Annual report of the Central Committee of the Association together with the report of the directors of the Pasteur Institute at Kasauli
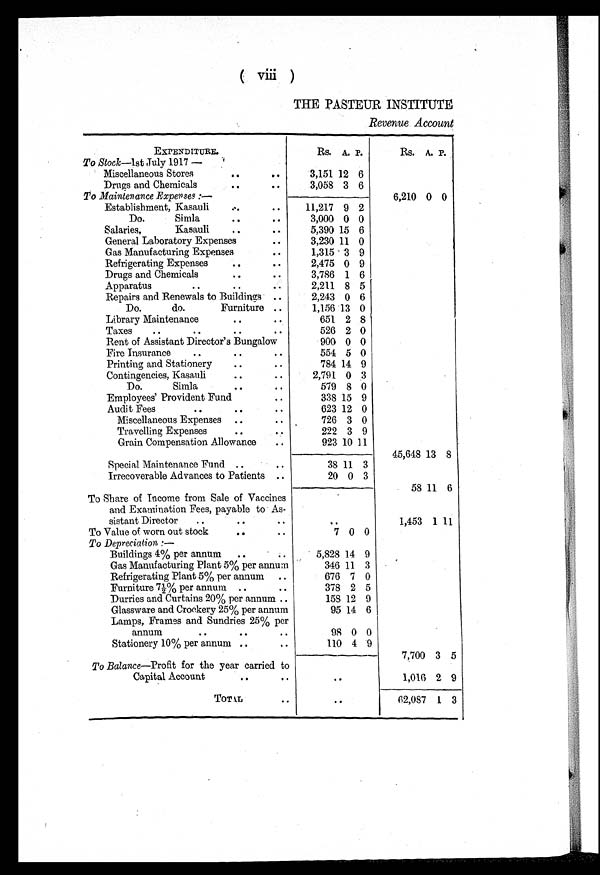
(viii)
THE PASTEUR INSTITUTE
Revenue Account
EXPENDITURE.
Rs. A.
P .
Rs. A. P.
To Stock—lst July 1917 —
Miscellaneous Stores
3,151 12
6
Drugs and Chemicals
3,058 3
6
To Maintenance Expenses:—
6,210 0 0
Establishment, Kasauli
11,217 9 2
Do.
Simla
3,000 0 0
Salaries,
Kasauli
5,390 15 6
General Laboratory Expenses
3,230 11 0
Gas Manufacturing Expenses
1,315 3 9
Refrigerating Expenses
2,475 0 9
Drugs and Chemicals
3,786 1 6
Apparatus
2,211 8 5
Repairs and Renewals to Buildings
2,243 0 6
Do.
do.
Furniture
1,156 13 0
Library Maintenance
651 2 8
Taxes
526 2 0
Rent of Assistant Director's Bungalow
900 0 0
F i r e I n s u r a n c e
554 5 0
Printing and Stationery
784 14 9
Contingencies, Kasauli
2,791 0 3
Do.
Simla
579 8 0
Employees' Provident Fund
338 15 9
Audit Fees
623 12 0
Miscellaneous Expenses
726 3 0
Travelling Expenses
222 3 9
Grain Compensation Allowance
923 10
1 1
45,648 13 8
Special Maintenance Fund
38 11 3
Irrecoverable Advances to Patients
20 0 3
58 11 6
To Share of Income from Sale of Vaccines
and Examination Fees, payable to As-
sistant Director
. .
1,453 1 11
To Value of worn out stock
7 0 0
To Depreciation :—
Buildings 4% per annum
5,828 14 9
Gas Manufacturing Plant 5% per annum
346 11 3
Refrigerating Plant 5% per annum
676 7 0
Furniture 7½% per annum
378 2 5
Durries and Curtains 20% per annum
158 12 9
Glassware and Crockery 25% per annum
95 14 6
Lamps, Frames and Sundries 25% per
annum
98 0 0
Stationery 10% per annum
110 4 9
7,700 3 5
To Balance—Profit for the year carried to
Capital Account
. .
1,016 2 9
TOTAL
. .
62,087 1 3